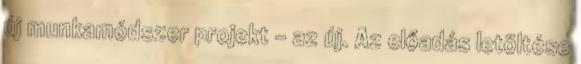
új munkamódszer projekt - az új. Az előadás letöltése